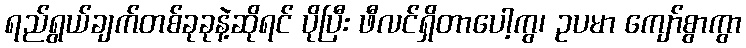
ရည်ရွယ်ချက်တစ်ခုခုနဲ့ဆိုရင် ပိုပြီး ဖီလင်ရှိတာပေါ့ကွ၊ ဥပမာ ကျော်စွာကွာ